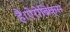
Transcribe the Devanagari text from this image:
है।ऐरोबिक्स